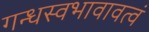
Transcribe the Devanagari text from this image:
गन्धस्वभावावत्वं